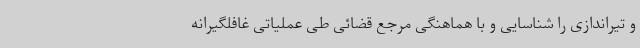
و تیراندازی را شناسایی و با هماهنگی مرجع قضائی طی عملیاتی غافلگیرانه